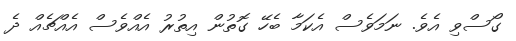
ގޯސްވި އެވެ. ނަމަވެސް އެކަމާ ބެހޭ ގޮތުން އިތުރު އެއްވެސް އެއްޗެއް ދެ